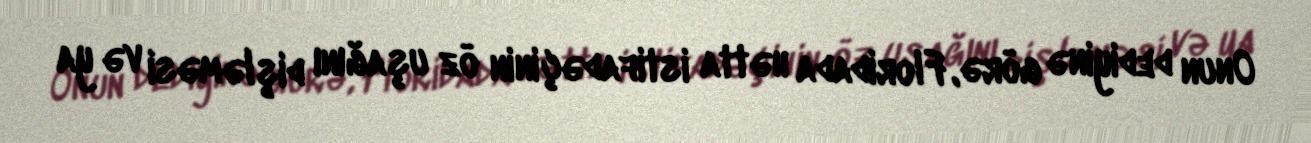
Onun dediyinə görə, Floridada hətta istifadəçinin öz uşağını dişləməsi və ya